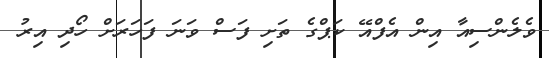
ވެލެންސިއާ އިން އެފްއޭ ކަޕްގެ ތަށި ފަސް ވަނަ ފަހަރަށް ހޯދި އިރު